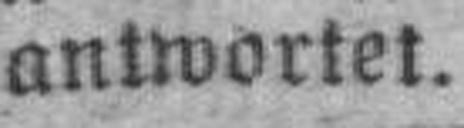
antwortet.